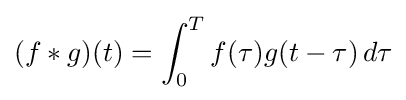
(f*g)(t)=\int _{0}^{T}f(\tau )g(t-\tau )\,d\tau